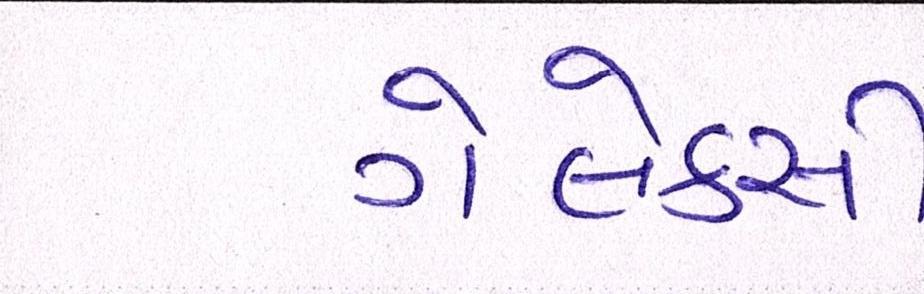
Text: ગેલેક્સી